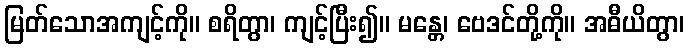
မြတ်သောအကျင့်ကို။ စရိတွာ၊ ကျင့်ပြီး၍။ မန္တေ၊ ဗေဒင်တို့ကို။ အဓီယိတွာ၊